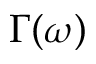
\Gamma ( \omega )